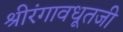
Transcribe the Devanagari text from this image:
श्रीरंगावधूतजी